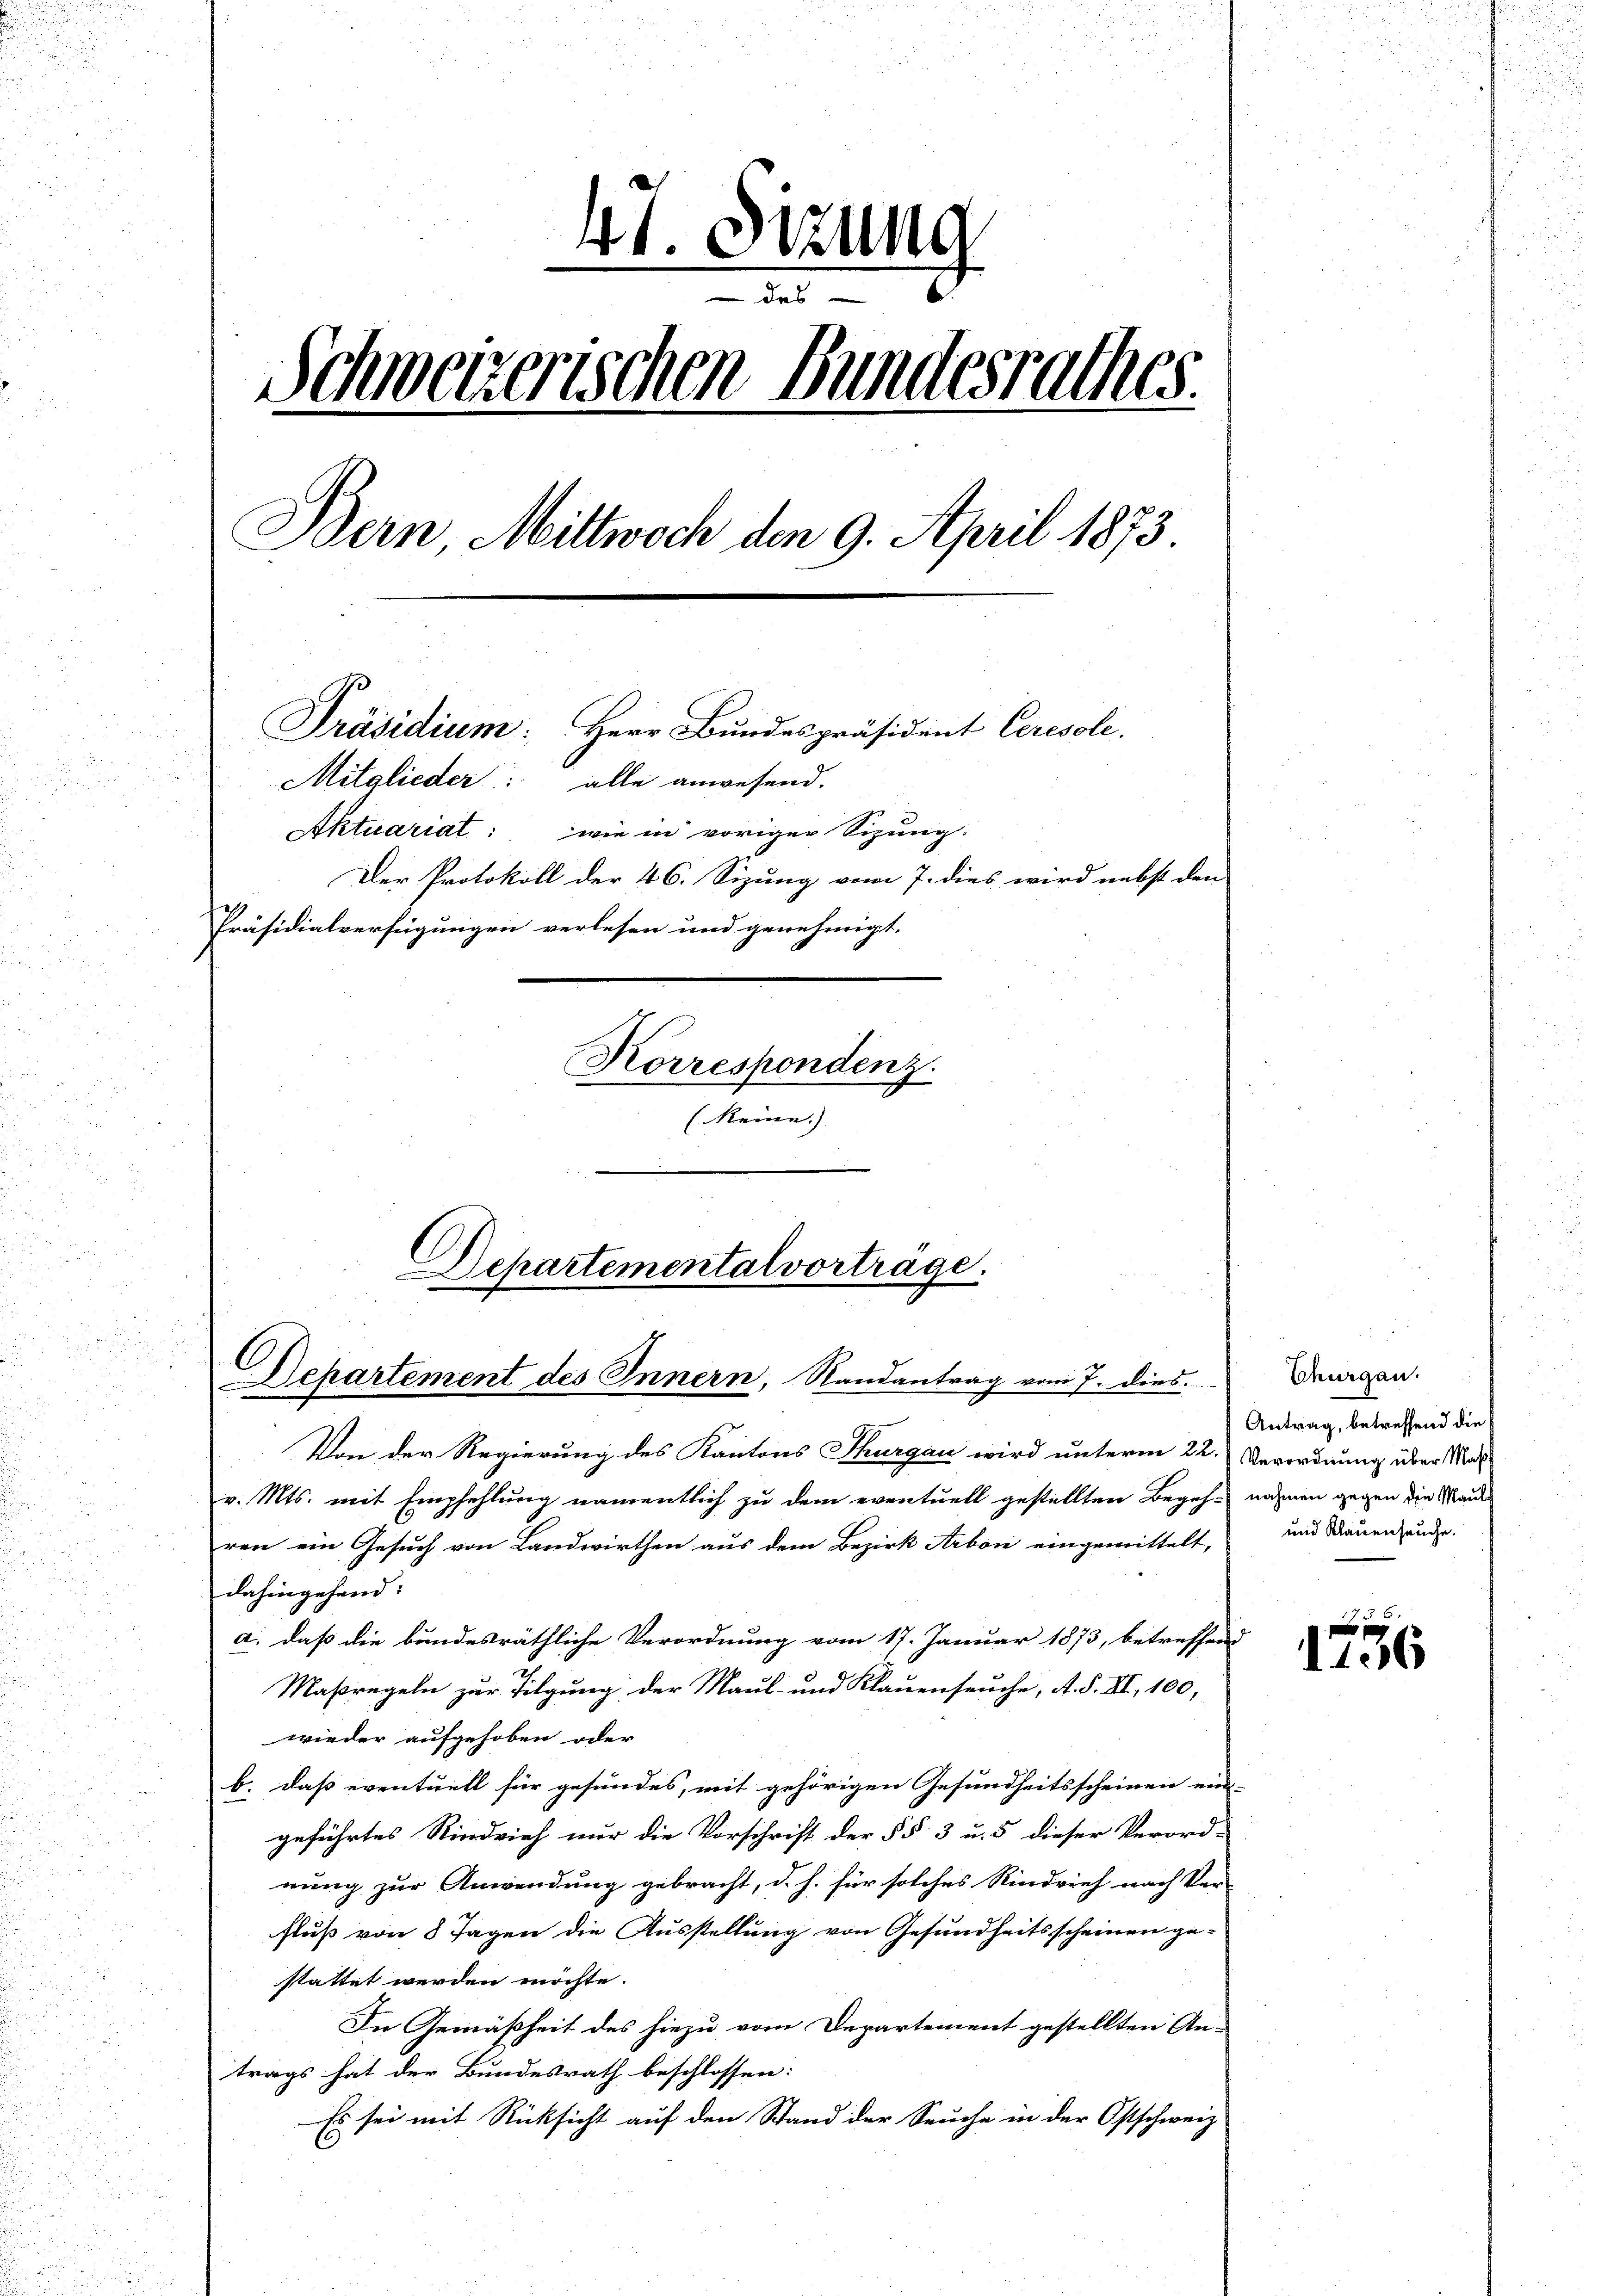
47. Sizung
Schweizerischen Bundesrathes.
Bern Mittwoch den 9. April 1873
Präsidium: Herr Bundespräsident Ceresole.
Mitglieder: alle anwesend.
Aktuariat: wie in voriger Sizung.
Der Protokoll der 46. Sizung vom 7. dies wird nebst den
Präsidialverfügungen verlesen und genehmigt.
Korrespondenz.
(keine.)

Departemental vorträge.
Departement des Innern, Randantrag vom 7. dies

Von der Regierung des Kantons Thurgau wird unterm 22. Verordnung über Maßv. Mts. mit Empfehlung namentlich zu dem eventuell gestellten Begeh-nahmen gegen die Maut
ren ein Gesuch von Landwirthen aus dem Bezirk Arbon eingemittelt,
dahingehend:
a. daß die bundesräthliche Verordnung vom 17. Januar 1873, betreffend
Maßregeln zur Tilgung der Maul- und Klauenseuche, A. S. II, 100,
wieder aufgehoben oder
b. daß eventuell für gesundes, mit gehörigen Gesundheitsscheinen ein
geführtes Rindvieh nur die Vorschrift der §§ 3 u. 5 dieser Verord-
nung zur Anwendung gebracht, d. h. für solches Rindvieh nach Ver-
fluß von 8 Tagen die Ausstellung von Gesundheitsscheinen gestattet werden möchte.
In Gemäßheit des hiezu vom Departement gestellten An-
trags hat der Bundesrath beschlossen:
Es sei mit Rücksicht auf den Stand der Seuche in der Ostschweiz

Thurgau.
Antrag, betreffend die
und Klauenseuche.

6
f
1106